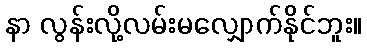
နာ လွန်းလို့လမ်းမလျှောက်နိုင်ဘူး။